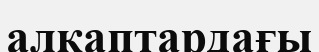
алқаптардағы